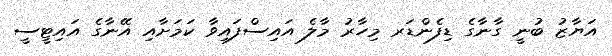
އަޔާޒު ބުނީ ގާނާގެ ޑިފެންޑަރ މިހާރު މާލެ އައިސްފައިވާ ކަމަށާއި އޭނާގެ އައިޓީސީ